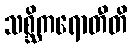
သစ္ဆိကရောတီတိ